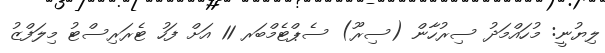
ލިޔުނީ: މުހައްމަދު ސިރުހާން (ސިރޫ) ސެޕްޓެމްބަރ 11 އަށް ފަހު ޓެރަރިސްޓު މިލަފްޒު